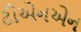
ટીએનએન